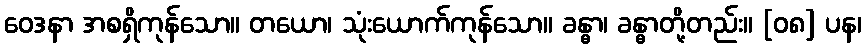
ဝေဒနာ အစရှိကုန်သော။ တယော၊ သုံးယောက်ကုန်သော။ ခန္ဓာ၊ ခန္ဓာတို့တည်း။ [၀၈] ပန၊